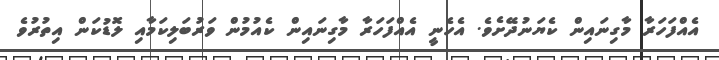
އެއްފަހަރާ މާގިނައިން ކެޔަނުދޭށެވެ. އެހެނީ އެއްފަހަރާ މާގިނައިން ކެއުމުން ވަރުބަލިކަމާއި ލޮޑުކަން އިތުރުވެ